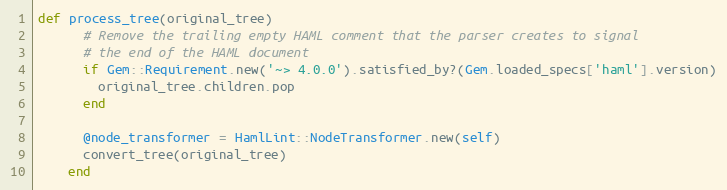
Language: Ruby
def process_tree(original_tree)
      # Remove the trailing empty HAML comment that the parser creates to signal
      # the end of the HAML document
      if Gem::Requirement.new('~> 4.0.0').satisfied_by?(Gem.loaded_specs['haml'].version)
        original_tree.children.pop
      end

      @node_transformer = HamlLint::NodeTransformer.new(self)
      convert_tree(original_tree)
    end